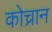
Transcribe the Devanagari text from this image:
कोच्रान